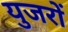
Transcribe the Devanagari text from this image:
युजरों